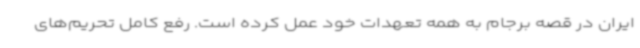
ایران در قصه برجام به همه تعهدات خود عمل کرده است. رفع کامل تحریم‌های